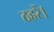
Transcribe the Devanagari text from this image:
ठहरें।